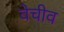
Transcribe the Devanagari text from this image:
वेचीव